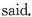
said.